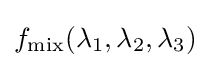
f_{\text{mix}}(\lambda _{1},\lambda _{2},\lambda _{3})